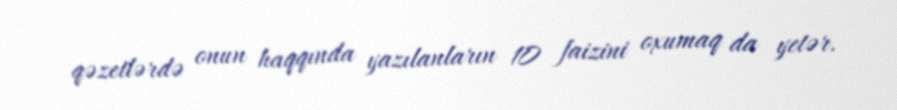
qəzetlərdə onun haqqında yazılanların 10 faizini oxumaq da yetər.